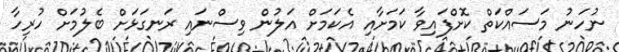
ނުހަނު މަސައްކަތް ކޮށްފައިވާ ކަމަށާއި އެކަމަށް އަލުން ވިސްނައި ރަނގަޅަށް ބެލުމަށް ހުރިހާ